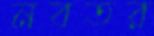
নবতর